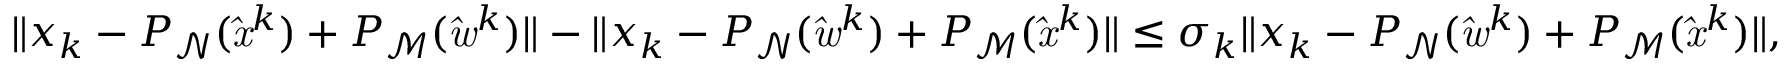
\| x _ { k } - P _ { \mathrm { \mathcal { N } } } ( \mathit { \hat { x } } ^ { k } ) + P _ { \mathrm { \mathcal { M } } } ( \mathit { \hat { w } } ^ { k } ) \| - \| x _ { k } - P _ { \mathrm { \mathcal { N } } } ( \mathit { \hat { w } } ^ { k } ) + P _ { \mathrm { \mathcal { M } } } ( \mathit { \hat { x } } ^ { k } ) \| \leq \sigma _ { k } \| x _ { k } - P _ { \mathrm { \mathcal { N } } } ( \mathit { \hat { w } } ^ { k } ) + P _ { \mathrm { \mathcal { M } } } ( \mathit { \hat { x } } ^ { k } ) \| ,